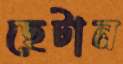
ছেটান